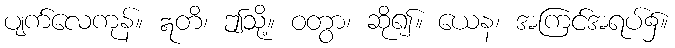
ပျက်လေကုန်။ ဣတိ၊ ဤသို့။ ဝတွာ၊ ဆို၍။ ယေန၊ အကြင်အရပ်၌။